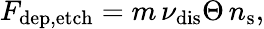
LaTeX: F_{\mathrm{dep,etch}}=m\, \nu_{\mathrm{dis}}\Theta\, n_{\mathrm{s}},